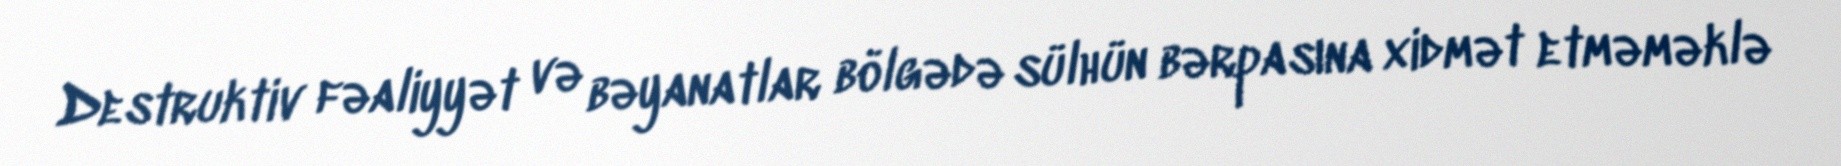
Destruktiv fəaliyyət və bəyanatlar bölgədə sülhün bərpasına xidmət etməməklə